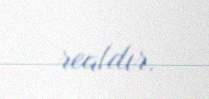
realdır.